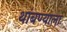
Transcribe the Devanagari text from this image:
थांबण्याला